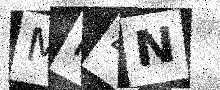
Text: MN4N